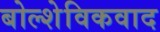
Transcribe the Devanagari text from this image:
बोल्शेविकवाद